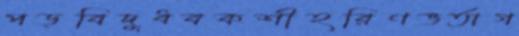
পড়বিদুধবকশীহরিণভর্তাগ